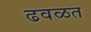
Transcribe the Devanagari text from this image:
ढवळत